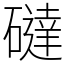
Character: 䃮